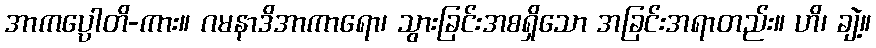
အာကပ္ပောတိ-ကား။ ဂမနာဒိအာကာရော၊ သွားခြင်းအစရှိသော အခြင်းအရာတည်း။ ဟိ၊ ချဲ့။